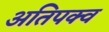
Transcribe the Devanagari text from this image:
अतिपक्व